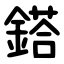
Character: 鎝